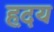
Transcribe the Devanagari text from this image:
ह़दय